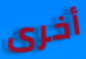
أخرى